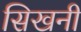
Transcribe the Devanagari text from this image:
सिखनी